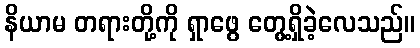
နိယာမ တရားတို့ကို ရှာဖွေ တွေ့ရှိခဲ့လေသည်။